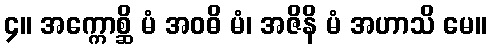
၄။ အက္ကောစ္ဆိ မံ အဝဓိ မံ၊ အဇိနိ မံ အဟာသိ မေ။